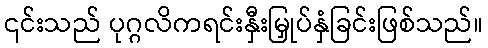
၎င်းသည် ပုဂ္ဂလိကရင်းနှီးမြှုပ်နှံခြင်းဖြစ်သည်။